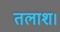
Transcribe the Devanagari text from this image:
तलाश।